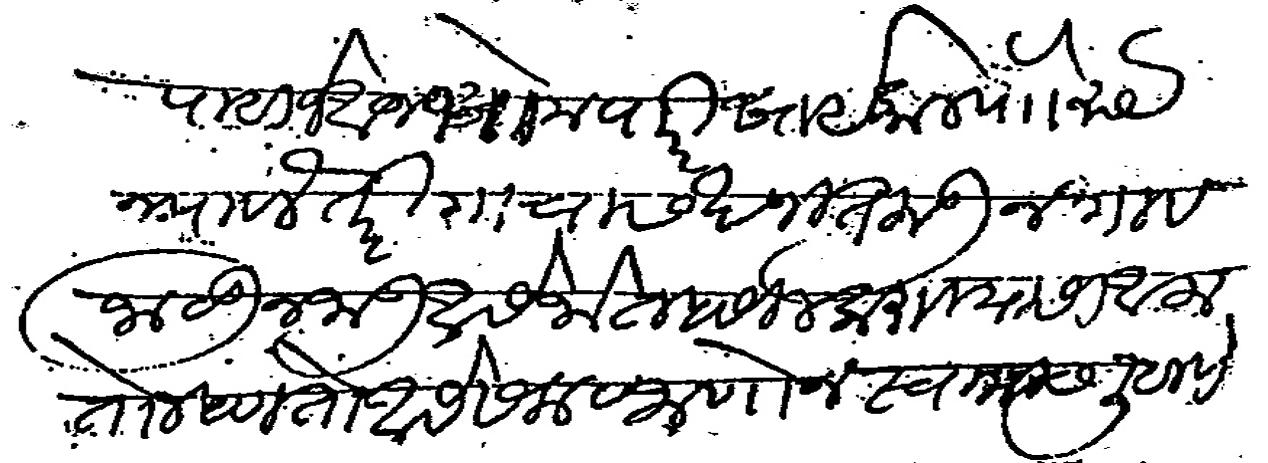
Transliteration (Devanagari): पाहिजे आज सोमवारी सायंकाल पाो रुये न पावले तरी गावास खणीत लावून गाव जाळीन जाऊ असे जो तहसील करावयासी आला तो म्हणतो असे सला व जाणोन स्वामीस लिहीणे